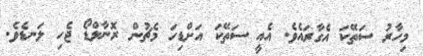
މިހާރު ސަތޭކަ އެގާރައެވެ. އެއީ ސަތޭކަ އަށްޑިހަ މެޗުން ރޮނާލްޑޯ ޖެހި ލަނޑެވެ.